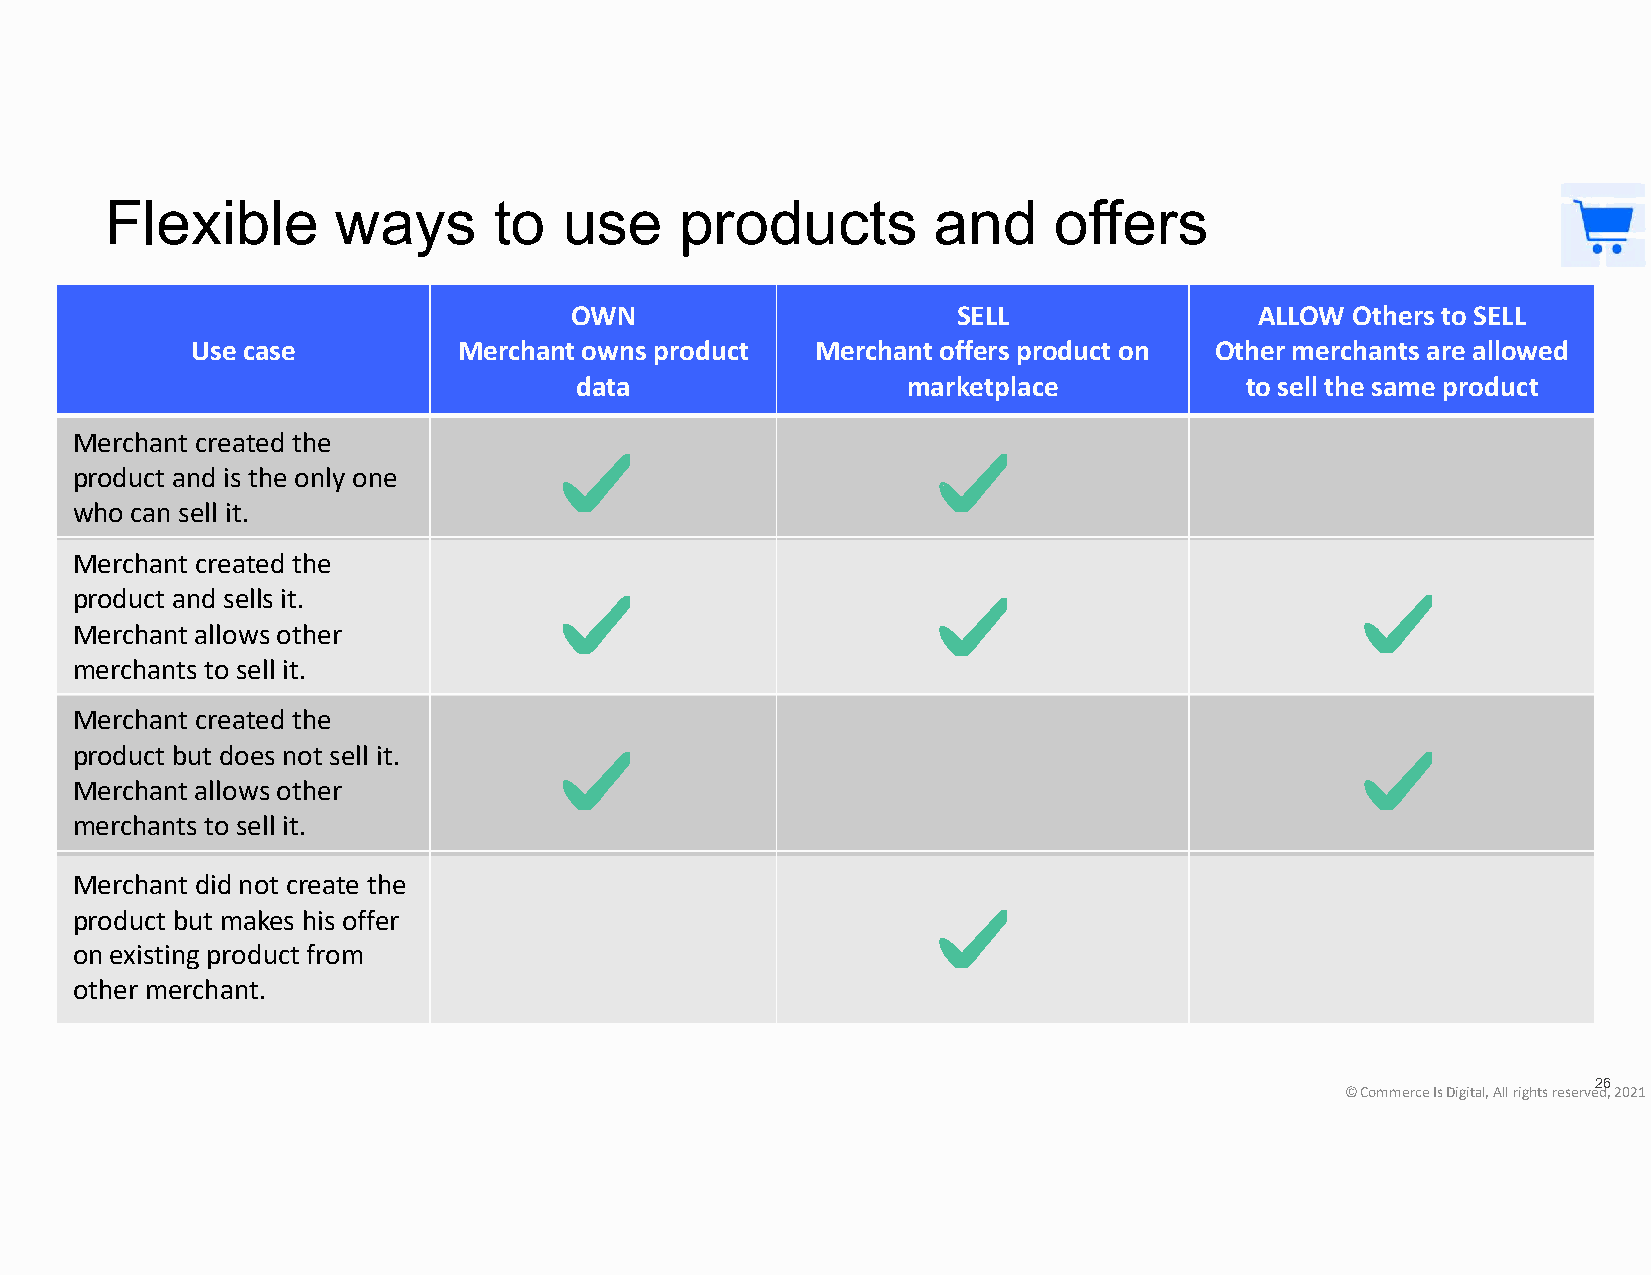
Flexible       ways       to  use     products         and     offers
 OWN                      SELL                ALLOW  Others to SELL
 Use case         Merchant owns product   Merchant offers product on Other merchants are allowed
 data                  marketplace           to sell the same product
 Merchant created the
 product and is the only one
 who can sell it.
 Merchant created the
 product and sells it.
 Merchant allows other
 merchants to sell it.
 Merchant created the
 product but does not sell it.
 Merchant allows other
 merchants to sell it.
 Merchant did not create the
 product but makes his offer
 on existing product from
 other merchant.
 26
 © Commerce Is Digital, All rights reserved, 2021